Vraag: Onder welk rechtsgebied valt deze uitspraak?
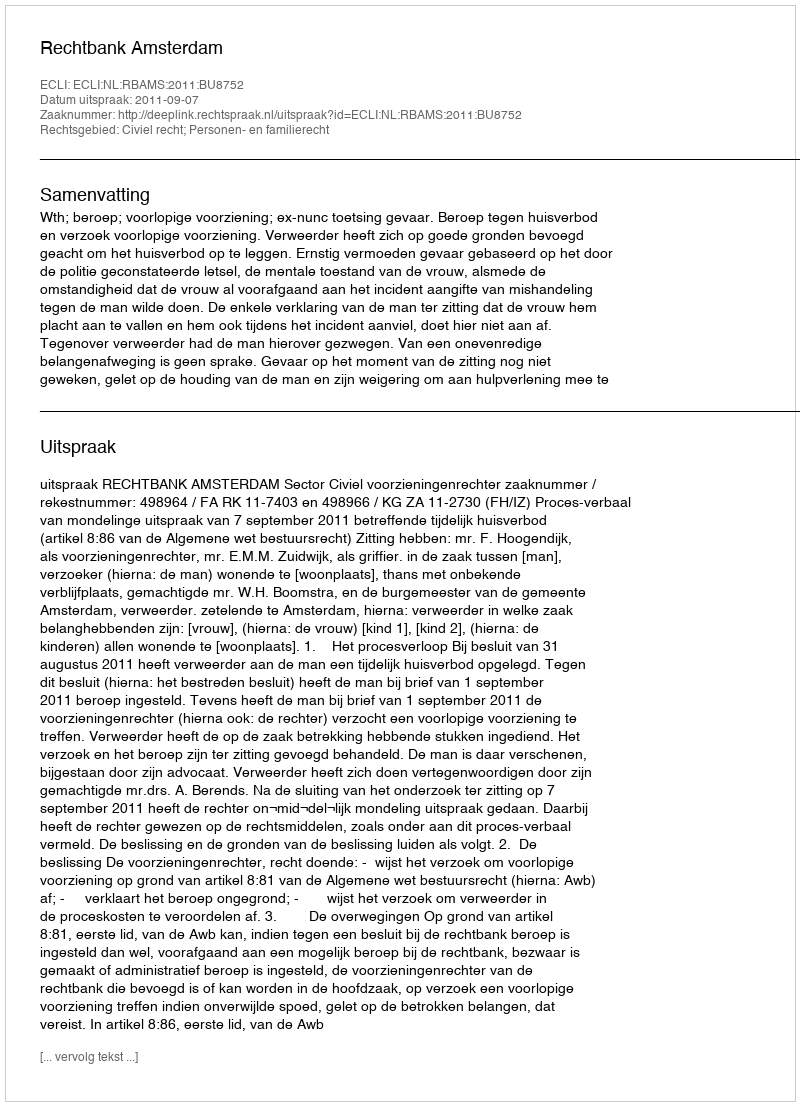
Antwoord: Civiel recht; Personen- en familierecht